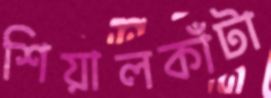
শিয়ালকাঁটা